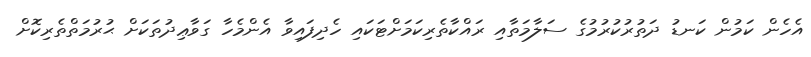
އެހެން ކަމުން ކަނޑު ދަތުރުކުރުމުގެ ސަލާމަތާއި ރައްކާތެރިކަމަށްޓަކައި ހެދިފައިވާ އެންމެހާ ގަވާޢިދުތަކަށް ޙުރުމަތްތެރިކޮށް